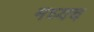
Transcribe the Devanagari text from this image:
मध्यच